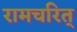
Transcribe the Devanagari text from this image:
रामचरित्